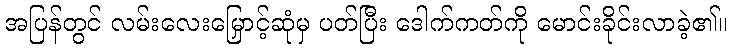
အပြန်တွင် လမ်းလေးမြှောင့်ဆုံမှ ပတ်ပြီး ဒေါက်ကတ်ကို မောင်းခိုင်းလာခဲ့၏။